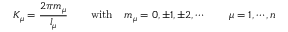
K _ { \mu } = \frac { 2 \pi m _ { \mu } } { l _ { \mu } } \qquad \mathrm { w i t h } \quad m _ { \mu } = 0 , \pm 1 , \pm 2 , \cdots \qquad \mu = 1 , \cdots , n